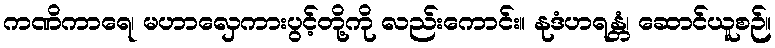
ကဏိကာရေ၊ မဟာလှေကားပွင့်တို့ကို လည်းကောင်း။ နုဒံဟရန္တံ၊ ဆောင်ယူစဉ်။